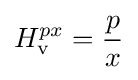
H_{\rm {v}}^{px}={\frac {p}{x}}